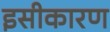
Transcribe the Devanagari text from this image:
इसीकारण